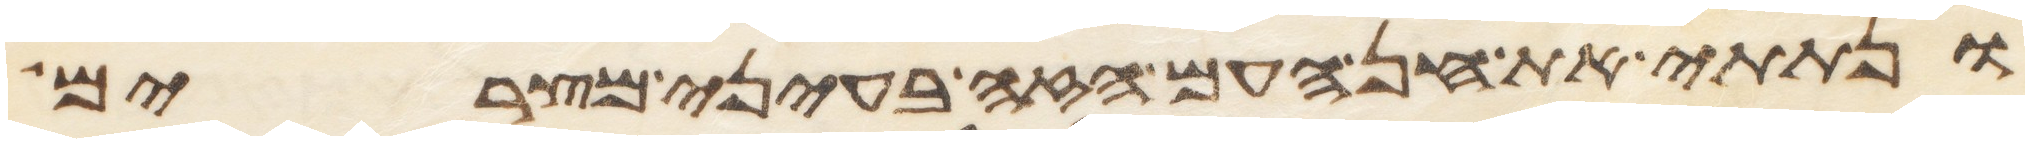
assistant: ונתתי את חן העם הזה בעיני מצרים